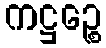
ကဋ္ဌဉ္စေ